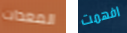
المعدات افهمت